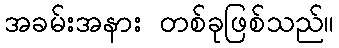
အခမ်းအနား တစ်ခုဖြစ်သည်။